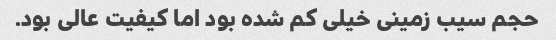
حجم سیب زمینی خیلی کم شده بود اما کیفیت عالی بود.